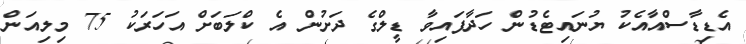
އެޑިޑާސްއާއެކު ޔުނައިޓެޑުން ހަދާފައިވާ ޑީލްގެ ދަށުން އެ ކްލަބަށް އަހަރަކު 75 މިލިއަން